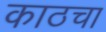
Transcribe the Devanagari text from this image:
काठचा